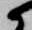
候